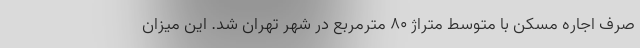
صرف اجاره مسکن با متوسط متراژ ۸۰ مترمربع در شهر تهران شد. این میزان